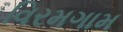
વિરમગામ